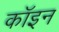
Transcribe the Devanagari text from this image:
कॉइन